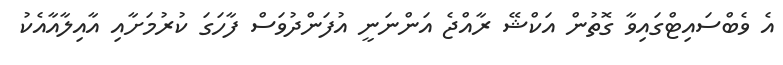
އެ ވެބްސައިޓްގައިވާ ގޮތުން އަކްޝޭ ރާއްޖެ އަންނަނީ އުފަންދުވަސް ފާހަގަ ކުރުމަށާއި އާއިލާއާއެކު